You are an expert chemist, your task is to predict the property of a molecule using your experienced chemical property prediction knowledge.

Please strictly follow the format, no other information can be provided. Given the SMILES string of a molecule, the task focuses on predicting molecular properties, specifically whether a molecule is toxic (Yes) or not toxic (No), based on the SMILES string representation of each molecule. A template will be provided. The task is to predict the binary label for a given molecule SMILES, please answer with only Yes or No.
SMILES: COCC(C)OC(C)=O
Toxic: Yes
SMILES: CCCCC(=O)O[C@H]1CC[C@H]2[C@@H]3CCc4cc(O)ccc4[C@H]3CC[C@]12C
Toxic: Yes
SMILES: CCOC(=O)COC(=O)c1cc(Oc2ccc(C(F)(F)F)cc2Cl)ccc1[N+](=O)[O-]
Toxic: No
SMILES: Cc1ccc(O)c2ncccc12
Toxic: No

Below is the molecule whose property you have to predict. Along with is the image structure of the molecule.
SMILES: CC(C)C1=CC2=CC[C@H]3[C@](C)(C(=O)[O-])CCC[C@]3(C)[C@H]2CC1
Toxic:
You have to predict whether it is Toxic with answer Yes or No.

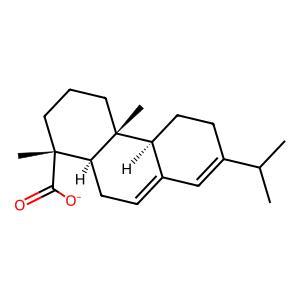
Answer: No